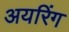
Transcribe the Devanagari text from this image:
अयरिंग